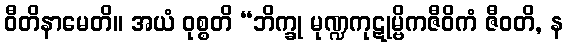
ဝီတိနာမေတိ။ အယံ ဝုစ္စတိ “ဘိက္ခု မုဏ္ဍကုဋုမ္ဗိကဇီဝိကံ ဇီဝတိ, န